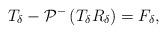
LaTeX: \begin{align*}T_{\delta}-\mathcal{P}^-\left(T_{\delta} R_{\delta}\right)=F_{\delta},\end{align*}